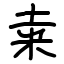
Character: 𥸮